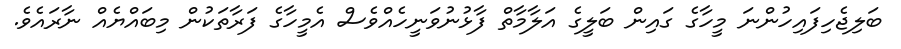
ބަލިޖެހިފައިހުންނަ މީހާގެ ގައިން ބަލީގެ އަލާމާތް ފާޅުނުވަނީހެއްވެސް އެމީހާގެ ފަރާތަކުން މިބައްޔެއް ނާރައެވެ.